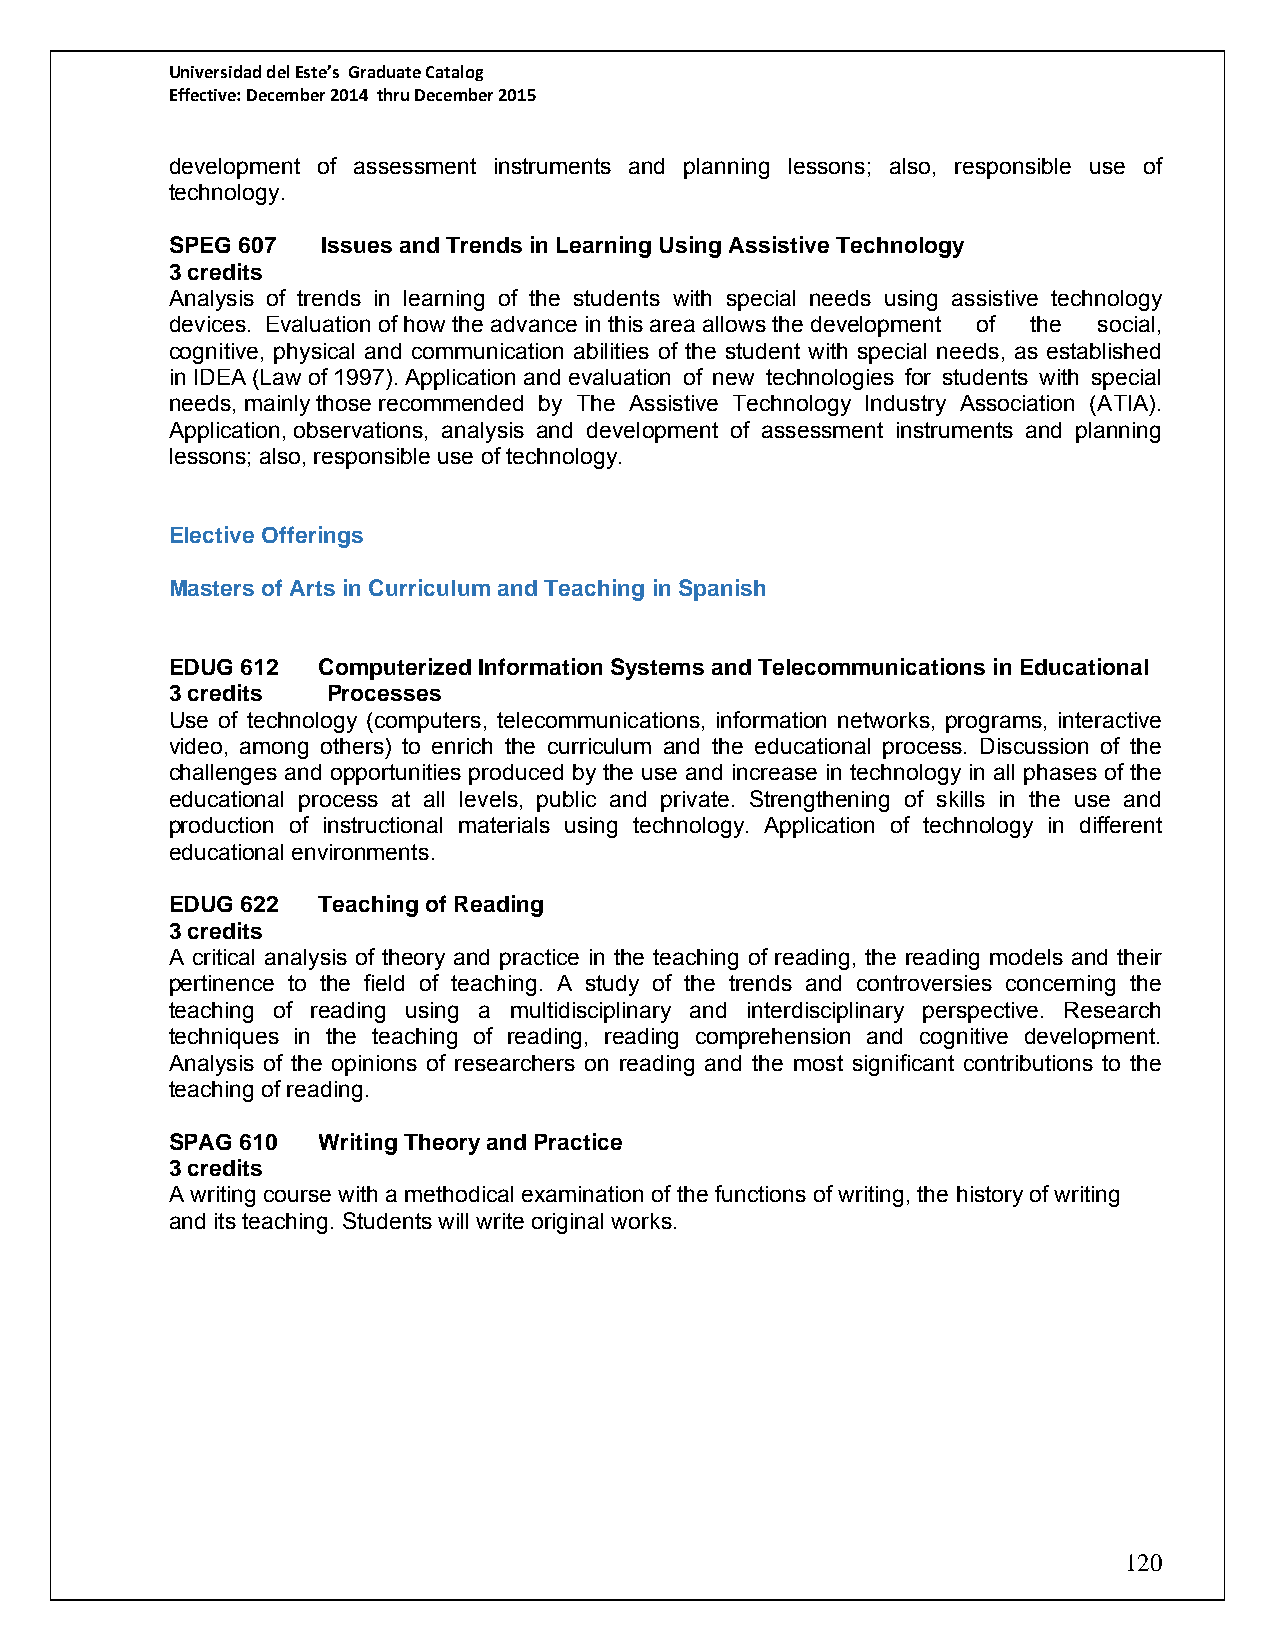
Universidad del Este’s Graduate Catalog
 Effective: December 2014 thru December 2015
 development of assessment instruments and planning lessons; also, responsible use of
 technology.
 SPEG 607  Issues and Trends in Learning Using Assistive Technology
 3 credits
 Analysis of trends in learning of the students with special needs using assistive technology
 devices. Evaluation of how the advance in this area allows the development of the social,
 cognitive, physical and communication abilities of the student with special needs, as established
 in IDEA (Law of 1997). Application and evaluation of new technologies for students with special
 needs, mainly those recommended by The Assistive Technology Industry Association (ATIA).
 Application, observations, analysis and development of assessment instruments and planning
 lessons; also, responsible use of technology.
 Elective Offerings
 Masters of Arts in Curriculum and Teaching in Spanish
 EDUG 612  Computerized Information Systems and Telecommunications in Educational
 3 credits  Processes
 Use of technology (computers, telecommunications, information networks, programs, interactive
 video, among others) to enrich the curriculum and the educational process. Discussion of the
 challenges and opportunities produced by the use and increase in technology in all phases of the
 educational process at all levels, public and private. Strengthening of skills in the use and
 production of instructional materials using technology. Application of technology in different
 educational environments.
 EDUG 622  Teaching of Reading
 3 credits
 A critical analysis of theory and practice in the teaching of reading, the reading models and their
 pertinence to the field of teaching. A study of the trends and controversies concerning the
 teaching of reading using a multidisciplinary and interdisciplinary perspective. Research
 techniques in the teaching of reading, reading comprehension and cognitive development.
 Analysis of the opinions of researchers on reading and the most significant contributions to the
 teaching of reading.
 SPAG 610  Writing Theory and Practice
 3 credits
 A writing course with a methodical examination of the functions of writing, the history of writing
 and its teaching. Students will write original works.
 120